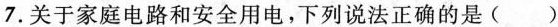
7. 关于家庭电路和安全用电，下列说法正确的是 ( )